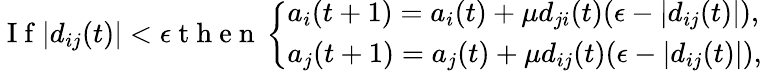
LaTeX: \begin{array}{r}{\mathrm{~I~f~}|d_{ij}(t)|<\epsilon\mathrm{~t~h~e~n~}\left\{ \begin{array}{ll}{a_{i}(t+1)=a_{i}(t)+\mu d_{ji}(t)(\epsilon-|d_{ij}(t)|),}\\ {a_{j}(t+1)=a_{j}(t)+\mu d_{ij}(t)(\epsilon-|d_{ij}(t)|),}\end{array}\right.}\end{array}